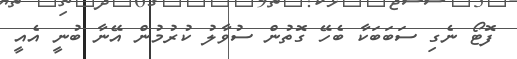
ފޮޓޯ ނެގި ސަބަބަކާ ބެހޭ ގޮތުން ސުވާލު ކުރުމުން އޭނާ ބުނީ އެއީ